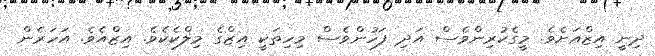
ދިނީ އިޒްއަށެވެ. މީގެކުރިންވެސް އަދި ފަހުންވެސް މިހިތަކީ އިޒްގެ މިލްކެކެވެ. އިޒްއެވެ. އަހަރެން